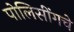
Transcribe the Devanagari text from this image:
पोलिसींगचे